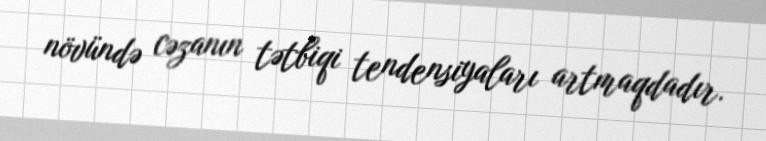
növündə cəzanın tətbiqi tendensiyaları artmaqdadır.